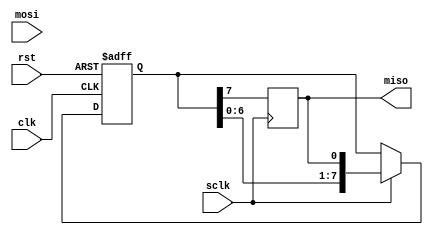
module SPI_Controller (
    input wire clk,
    input wire rst,
    input wire sclk,
    input wire mosi,
    output wire miso
);

// Clock signal generation module
reg [7:0] counter;
always @ (posedge clk or posedge rst)
begin
    if (rst)
        counter <= 8'b0;
    else if (counter == 8'b11111111)
        counter <= 8'b0;
    else
        counter <= counter + 1;
end

// Data transmission and reception timing control module
reg [7:0] data_in;
reg [7:0] data_out;
always @ (posedge clk or posedge rst)
begin
    if (rst)
    begin
        data_in <= 8'b0;
        data_out <= 8'b0;
    end
    else if (sclk)
    begin
        data_in <= {data_in[6:0], mosi};
        data_out <= {data_out[6:0], miso};
    end
end

// Ensuring proper timing for data sampling and synchronization between devices
always @ (posedge sclk)
begin
    miso <= data_out[7];
end

endmodule